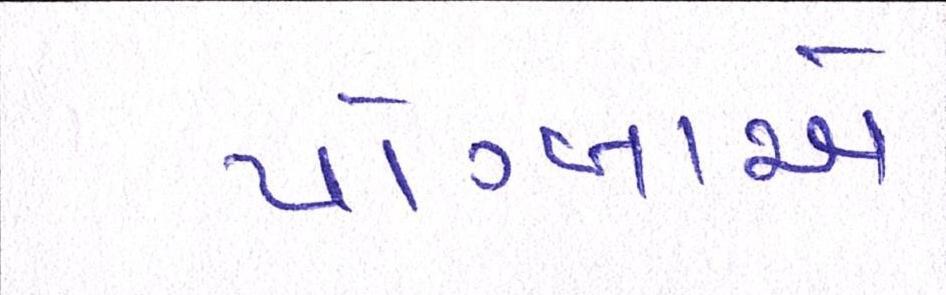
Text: પોગ્બાએ